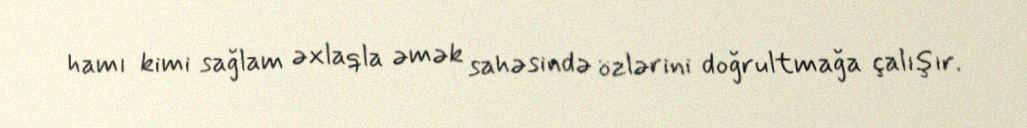
hamı kimi sağlam əxlaqla əmək sahəsində özlərini doğrultmağa çalışır.